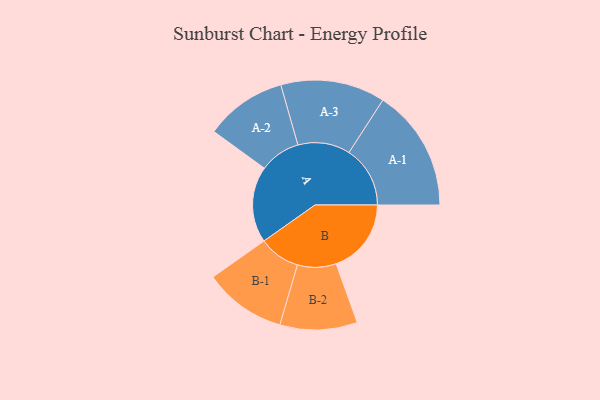
{"axis": {"x": "Segment", "y": "Value"}, "legend": ["", "A", "B"], "data": [{"x": "A", "y": 359, "type": ""}, {"x": "B", "y": 354, "type": ""}, {"x": "A-1", "y": 288, "type": "A"}, {"x": "A-2", "y": 192, "type": "A"}, {"x": "A-3", "y": 246, "type": "A"}, {"x": "B-1", "y": 194, "type": "B"}, {"x": "B-2", "y": 182, "type": "B"}]}